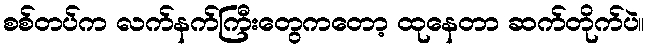
စစ်တပ်က လက်နက်ကြီးတွေကတော့ ထုနေတာ ဆက်တိုက်ပဲ။